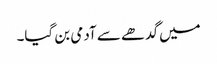
میں گدھے سے آدمی بن گیا۔